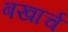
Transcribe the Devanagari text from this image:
बखार्च